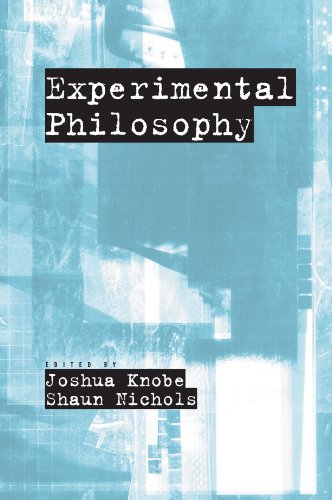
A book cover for Experimental Philosophy; Medical Books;